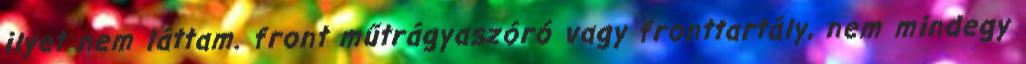
ilyet nem láttam. front műtrágyaszóró vagy fronttartály, nem mindegy